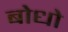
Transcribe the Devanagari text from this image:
बोधो